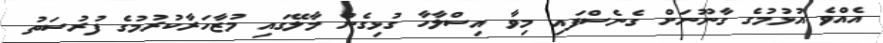
އެއްވެ އުޅުމުގެ ގާނޫނަށް ގެނެސްފައި މިވާ އިސްލާހާ ގުޅިގެން މާލޭގައި މުޒާހަރާކުރުމުގެ ފުރުސަތު